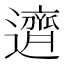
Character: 𬩣